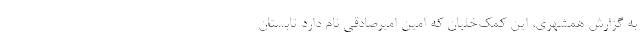
به گزارش همشهری، این کمک‌خلبان که امین امیرصادقی نام دارد تابستان